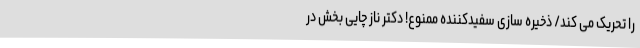
را تحریک می کند/ ذخیره سازی سفیدکننده ممنوع! دکتر ناز چایی بخش در